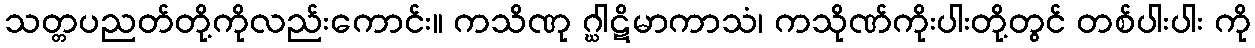
သတ္တပညတ်တို့ကိုလည်းကောင်း။ ကသိဏု ဂ္ဃါဋိမာကာသံ၊ ကသိုဏ်ကိုးပါးတို့တွင် တစ်ပါးပါး ကို